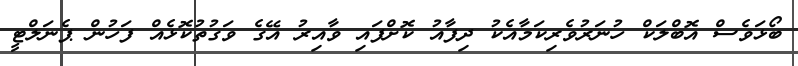
ބޯޅަވެސް އޮބްލަކް ހުނަރުވެރިކަމާއެކު ދިފާއު ކޮށްފައި ވާއިރު އޭގެ ވަގުތުކޮޅެއް ފަހުން ޕެނަލްޓީ